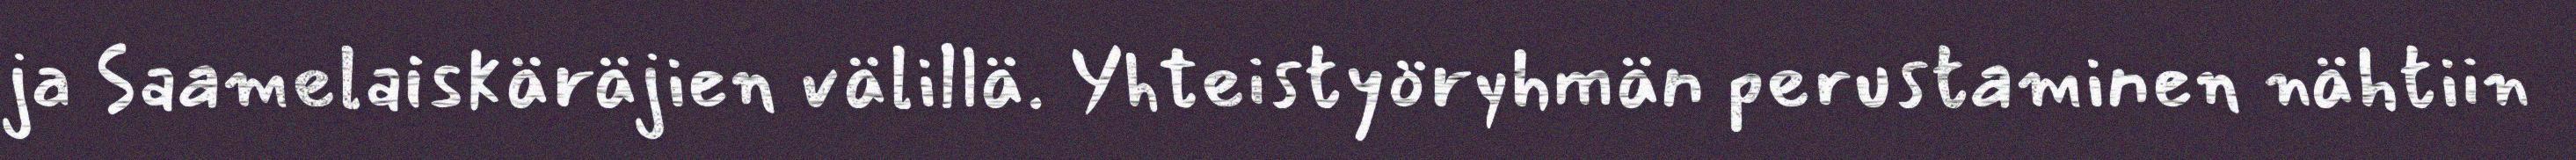
ja Saamelaiskäräjien välillä. Yhteistyöryhmän perustaminen nähtiin